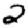
Digit: 2